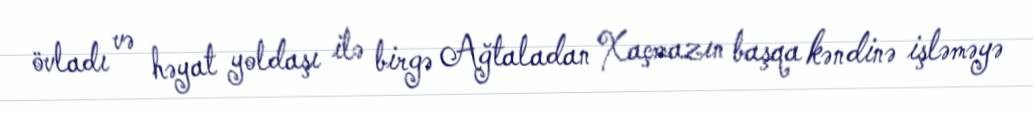
övladı və həyat yoldaşı ilə birgə Ağtaladan Xaçmazın başqa kəndinə işləməyə